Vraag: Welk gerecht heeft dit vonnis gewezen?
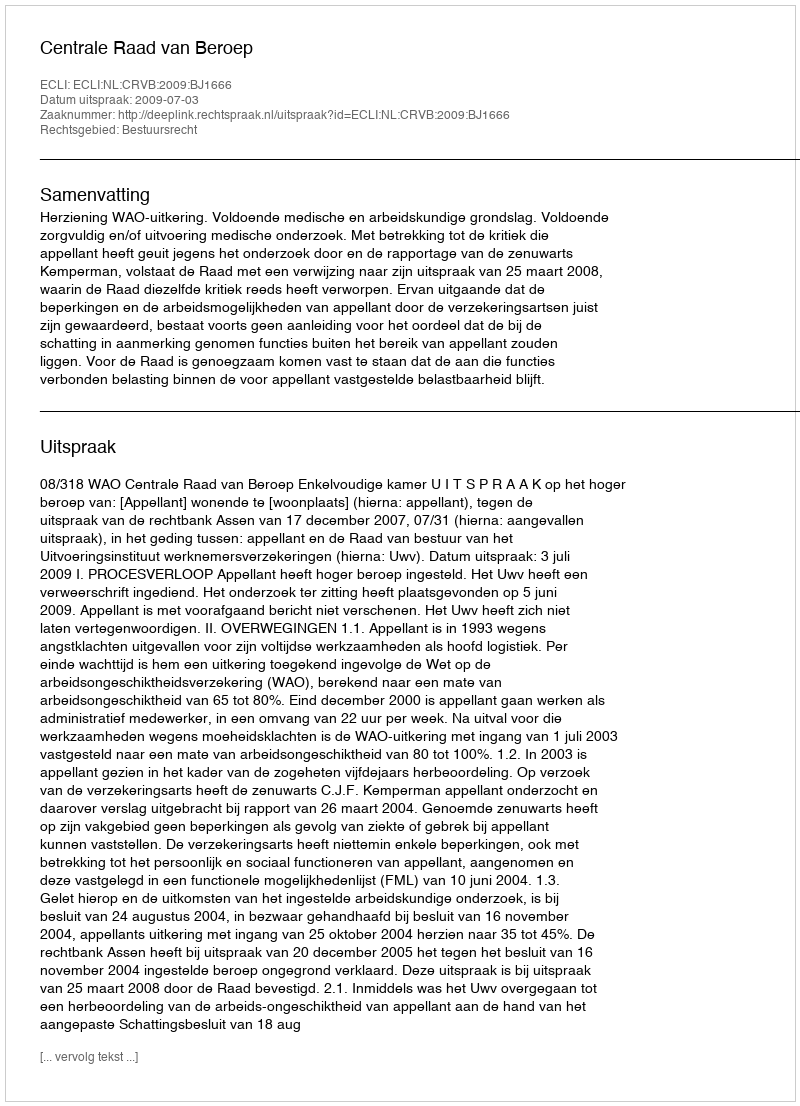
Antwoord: Centrale Raad van Beroep